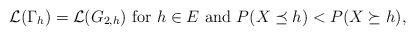
LaTeX: \begin{align*} \mathcal{L}(\Gamma_h) =\mathcal{L}(G_{2,h}){\rm~{for}~} h \in E {\rm~ {and}~} P(X\preceq h)< P(X \succeq h), \end{align*}